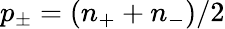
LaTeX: p_{\pm}=(n_{+}+n_{-})/2